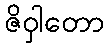
ဇိဝှါတော